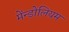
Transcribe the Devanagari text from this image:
मेंन्डोलियम